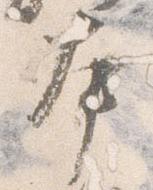
本